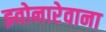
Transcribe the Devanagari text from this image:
झ्वोनारेवाना